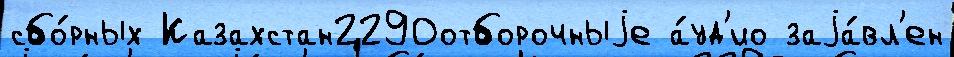
сбо́рных Казахстан2290отборочныjе а́уд'ио заjа́вл'ен